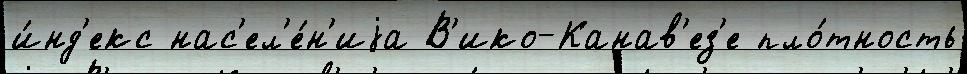
и́нд'екс нас'ел'е́н'иjа В'ико-Канав'ез'е пло́тность